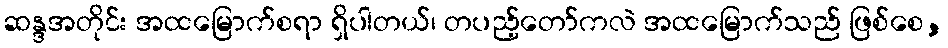
ဆန္ဒအတိုင်း အထမြောက်စရာ ရှိပါတယ်၊ တပည့်တော်ကလဲ အထမြောက်သည် ဖြစ်စေ,